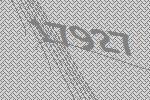
17927